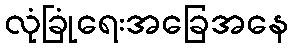
လုံခြုံရေးအခြေအနေ